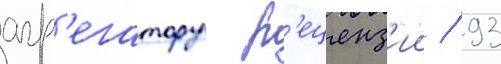
агр'егатору р'еценз'ии / 93